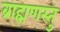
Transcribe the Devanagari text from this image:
ब्राह्मणस्तु